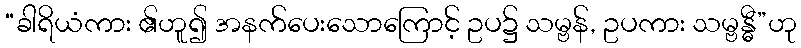
“ခါရိယံကား ၏ဟူ၍ အနက်ပေးသောကြောင့် ဥပ၌ သမ္ဗန်, ဥပကား သမ္ဗန္ဓီ”ဟု